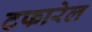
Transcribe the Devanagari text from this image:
टफारेल